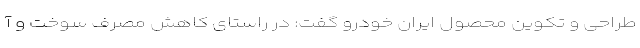
طراحی و تکوین محصول ایران خودرو گفت: در راستای کاهش مصرف سوخت و آ